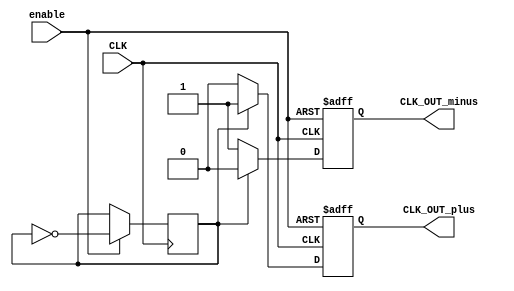
module DifferentialClockBuffer (
    input wire CLK,           // Single-ended clock input
    input wire enable,        // Power management input to enable/disable the buffer
    output reg CLK_OUT_plus,  // Differential output plus
    output reg CLK_OUT_minus   // Differential output minus
);

    // Parameters
    parameter CLK_DIVIDE = 2; // Clock divide factor for output frequency adjustment
    parameter HIGH_Z = 1'b1;  // High impedance state
    parameter LOW_Z = 1'b0;   // Low impedance state

    // Internal signal to track clock state
    reg clk_state;
    
    // Initial block for setting initial states
    initial begin
        CLK_OUT_plus = 1'b0;
        CLK_OUT_minus = 1'b1; // Outputs are complementary
        clk_state = 1'b0;
    end
    
    // Clock generation logic
    always @(posedge CLK or negedge enable) begin
        if (!enable) begin
            // Power down mode
            CLK_OUT_plus <= HIGH_Z;
            CLK_OUT_minus <= HIGH_Z;
        end else begin
            // Generate differential outputs
            clk_state <= ~clk_state; // Toggle state on CLK rising edge
            if (clk_state) begin
                CLK_OUT_plus <= 1'b1;
                CLK_OUT_minus <= 1'b0; // 180 degrees out of phase
            end else begin
                CLK_OUT_plus <= 1'b0;
                CLK_OUT_minus <= 1'b1;
            end
        end
    end
endmodule